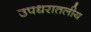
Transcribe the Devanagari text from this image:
उपधरातलीय